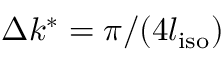
\Delta k ^ { * } = \pi / ( 4 l _ { \mathrm { i s o } } )